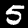
Label: 5